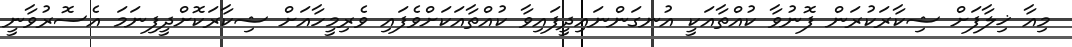
މިއާ ޚިލާފަށް ޝިކާރަކުރަން ފޮނުވާ ކުއްތާއަކީ އުނގަންނައިދީފައިވާ ކުއްތާއަކަށްވެފައި ވެރިމީހާއަށް ޝިކާރަކޮށްދީފިނަމަ އެސޮރުވާނީ